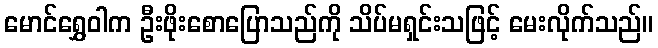
မောင်ရွှေဝါက ဦးဖိုးစောပြောသည်ကို သိပ်မရှင်းသဖြင့် မေးလိုက်သည်။